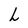
Character: L